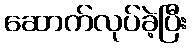
ဆောက်လုပ်ခဲ့ပြီး